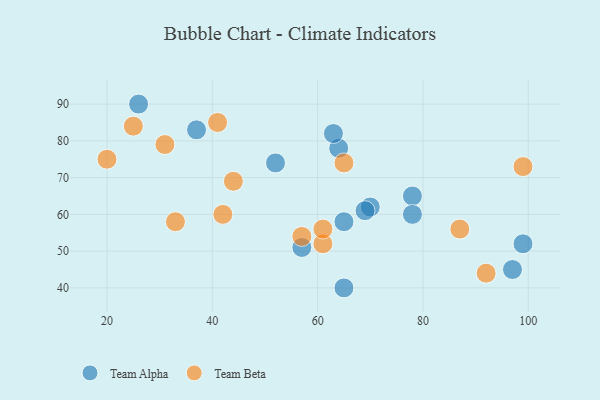
{"axis": {"x": "GDP", "y": "Life Expectancy"}, "legend": ["Team Alpha", "Team Beta"], "data": [{"x": "37", "y": 83, "type": "Team Alpha"}, {"x": "99", "y": 52, "type": "Team Alpha"}, {"x": "78", "y": 65, "type": "Team Alpha"}, {"x": "78", "y": 60, "type": "Team Alpha"}, {"x": "97", "y": 45, "type": "Team Alpha"}, {"x": "64", "y": 78, "type": "Team Alpha"}, {"x": "65", "y": 58, "type": "Team Alpha"}, {"x": "52", "y": 74, "type": "Team Alpha"}, {"x": "63", "y": 82, "type": "Team Alpha"}, {"x": "65", "y": 40, "type": "Team Alpha"}, {"x": "57", "y": 51, "type": "Team Alpha"}, {"x": "26", "y": 90, "type": "Team Alpha"}, {"x": "70", "y": 62, "type": "Team Alpha"}, {"x": "69", "y": 61, "type": "Team Alpha"}, {"x": "41", "y": 85, "type": "Team Beta"}, {"x": "31", "y": 79, "type": "Team Beta"}, {"x": "99", "y": 73, "type": "Team Beta"}, {"x": "61", "y": 52, "type": "Team Beta"}, {"x": "87", "y": 56, "type": "Team Beta"}, {"x": "42", "y": 60, "type": "Team Beta"}, {"x": "61", "y": 56, "type": "Team Beta"}, {"x": "33", "y": 58, "type": "Team Beta"}, {"x": "20", "y": 75, "type": "Team Beta"}, {"x": "92", "y": 44, "type": "Team Beta"}, {"x": "25", "y": 84, "type": "Team Beta"}, {"x": "57", "y": 54, "type": "Team Beta"}, {"x": "65", "y": 74, "type": "Team Beta"}, {"x": "44", "y": 69, "type": "Team Beta"}]}